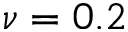
\nu = 0 . 2